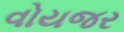
વોયજર